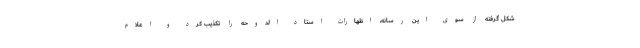
شکل گرفته از سوی این رسانه، اظهارات استاد الدوحه را تکذیب کرد و اعلام